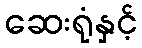
ဆေးရုံနှင့်